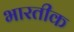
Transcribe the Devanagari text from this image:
भारतीक